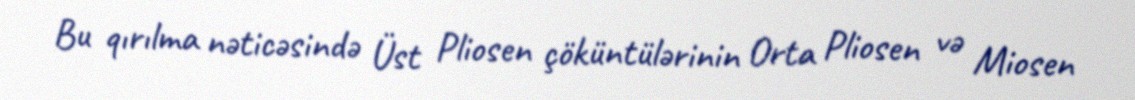
Bu qırılma nəticəsində Üst Pliosen çöküntülərinin Orta Pliosen və Miosen